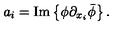
a _ { i } = \mathrm { { I m } } \left\{ \phi \partial _ { x _ { i } } \bar { \phi } \right\} .